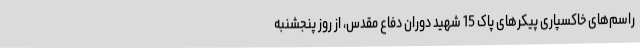
راسم‌های خاکسپاری پیکرهای پاک 15 شهید دوران دفاع مقدس، از روز پنجشنبه